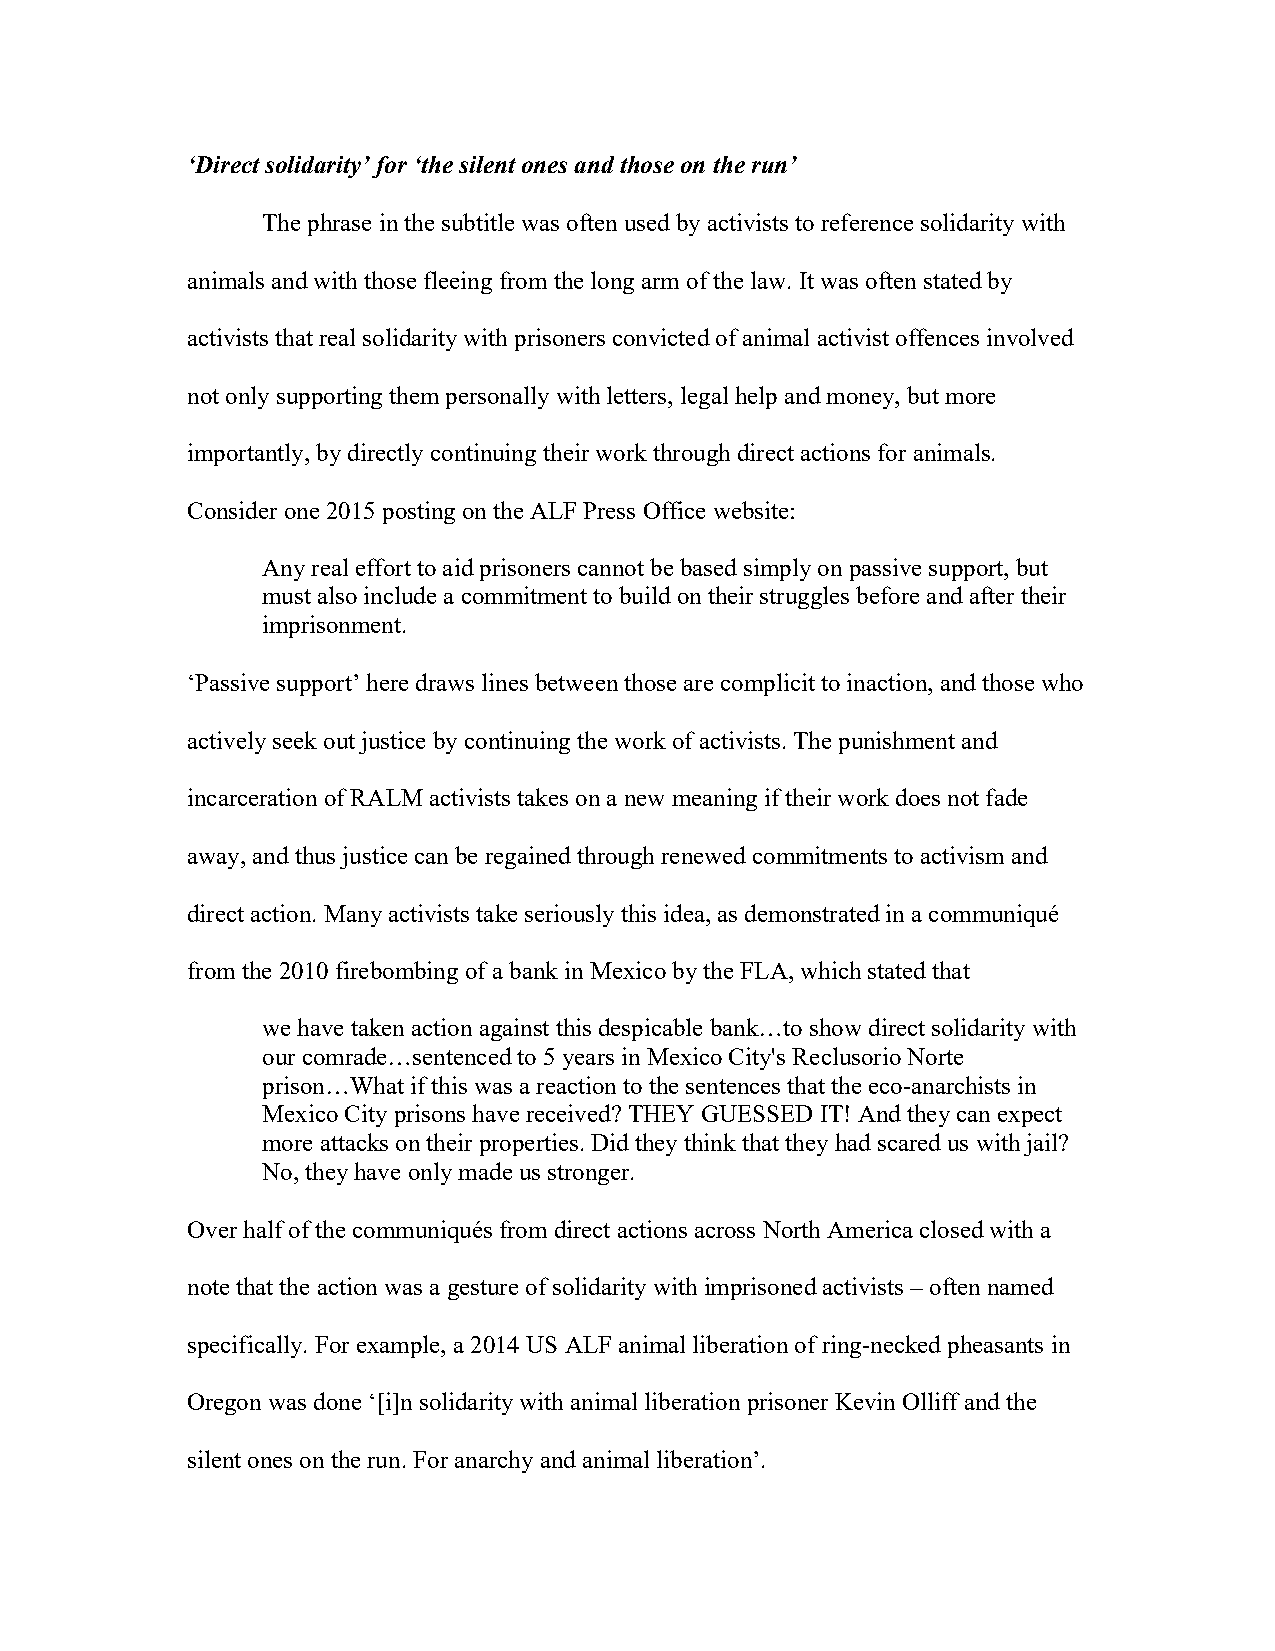
‘Direct solidarity’ for ‘the silent ones and those on the run’
 The phrase in the subtitle was often used by activists to reference solidarity with
 animals and with those fleeing from the long arm of the law. It was often stated by
 activists that real solidarity with prisoners convicted of animal activist offences involved
 not only supporting them personally with letters, legal help and money, but more
 importantly, by directly continuing their work through direct actions for animals.
 Consider one 2015 posting on the ALF Press Office website:
 Any real effort to aid prisoners cannot be based simply on passive support, but
 must also include a commitment to build on their struggles before and after their
 imprisonment.
 ‘Passive support’ here draws lines between those are complicit to inaction, and those who
 actively seek out justice by continuing the work of activists. The punishment and
 incarceration of RALM activists takes on a new meaning if their work does not fade
 away, and thus justice can be regained through renewed commitments to activism and
 direct action. Many activists take seriously this idea, as demonstrated in a communiqué
 from the 2010 firebombing of a bank in Mexico by the FLA, which stated that
 we have taken action against this despicable bank…to show direct solidarity with
 our comrade…sentenced to 5 years in Mexico City's Reclusorio Norte
 prison…What if this was a reaction to the sentences that the eco-anarchists in
 Mexico City prisons have received? THEY GUESSED IT! And they can expect
 more attacks on their properties. Did they think that they had scared us with jail?
 No, they have only made us stronger.
 Over half of the communiqués from direct actions across North America closed with a
 note that the action was a gesture of solidarity with imprisoned activists – often named
 specifically. For example, a 2014 US ALF animal liberation of ring-necked pheasants in
 Oregon was done ‘[i]n solidarity with animal liberation prisoner Kevin Olliff and the
 silent ones on the run. For anarchy and animal liberation’.